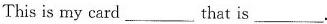
This is my card ___ that is ___ .